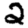
Digit: 2